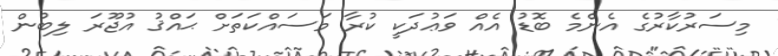
މިސަރުކާރުގެ އެންމެ ބޮޑު އެއް ވަޢުދަކީ ކުރާ މަސައްކަތަށް ޙައްޤު އުޖޫރަ ލިބުން